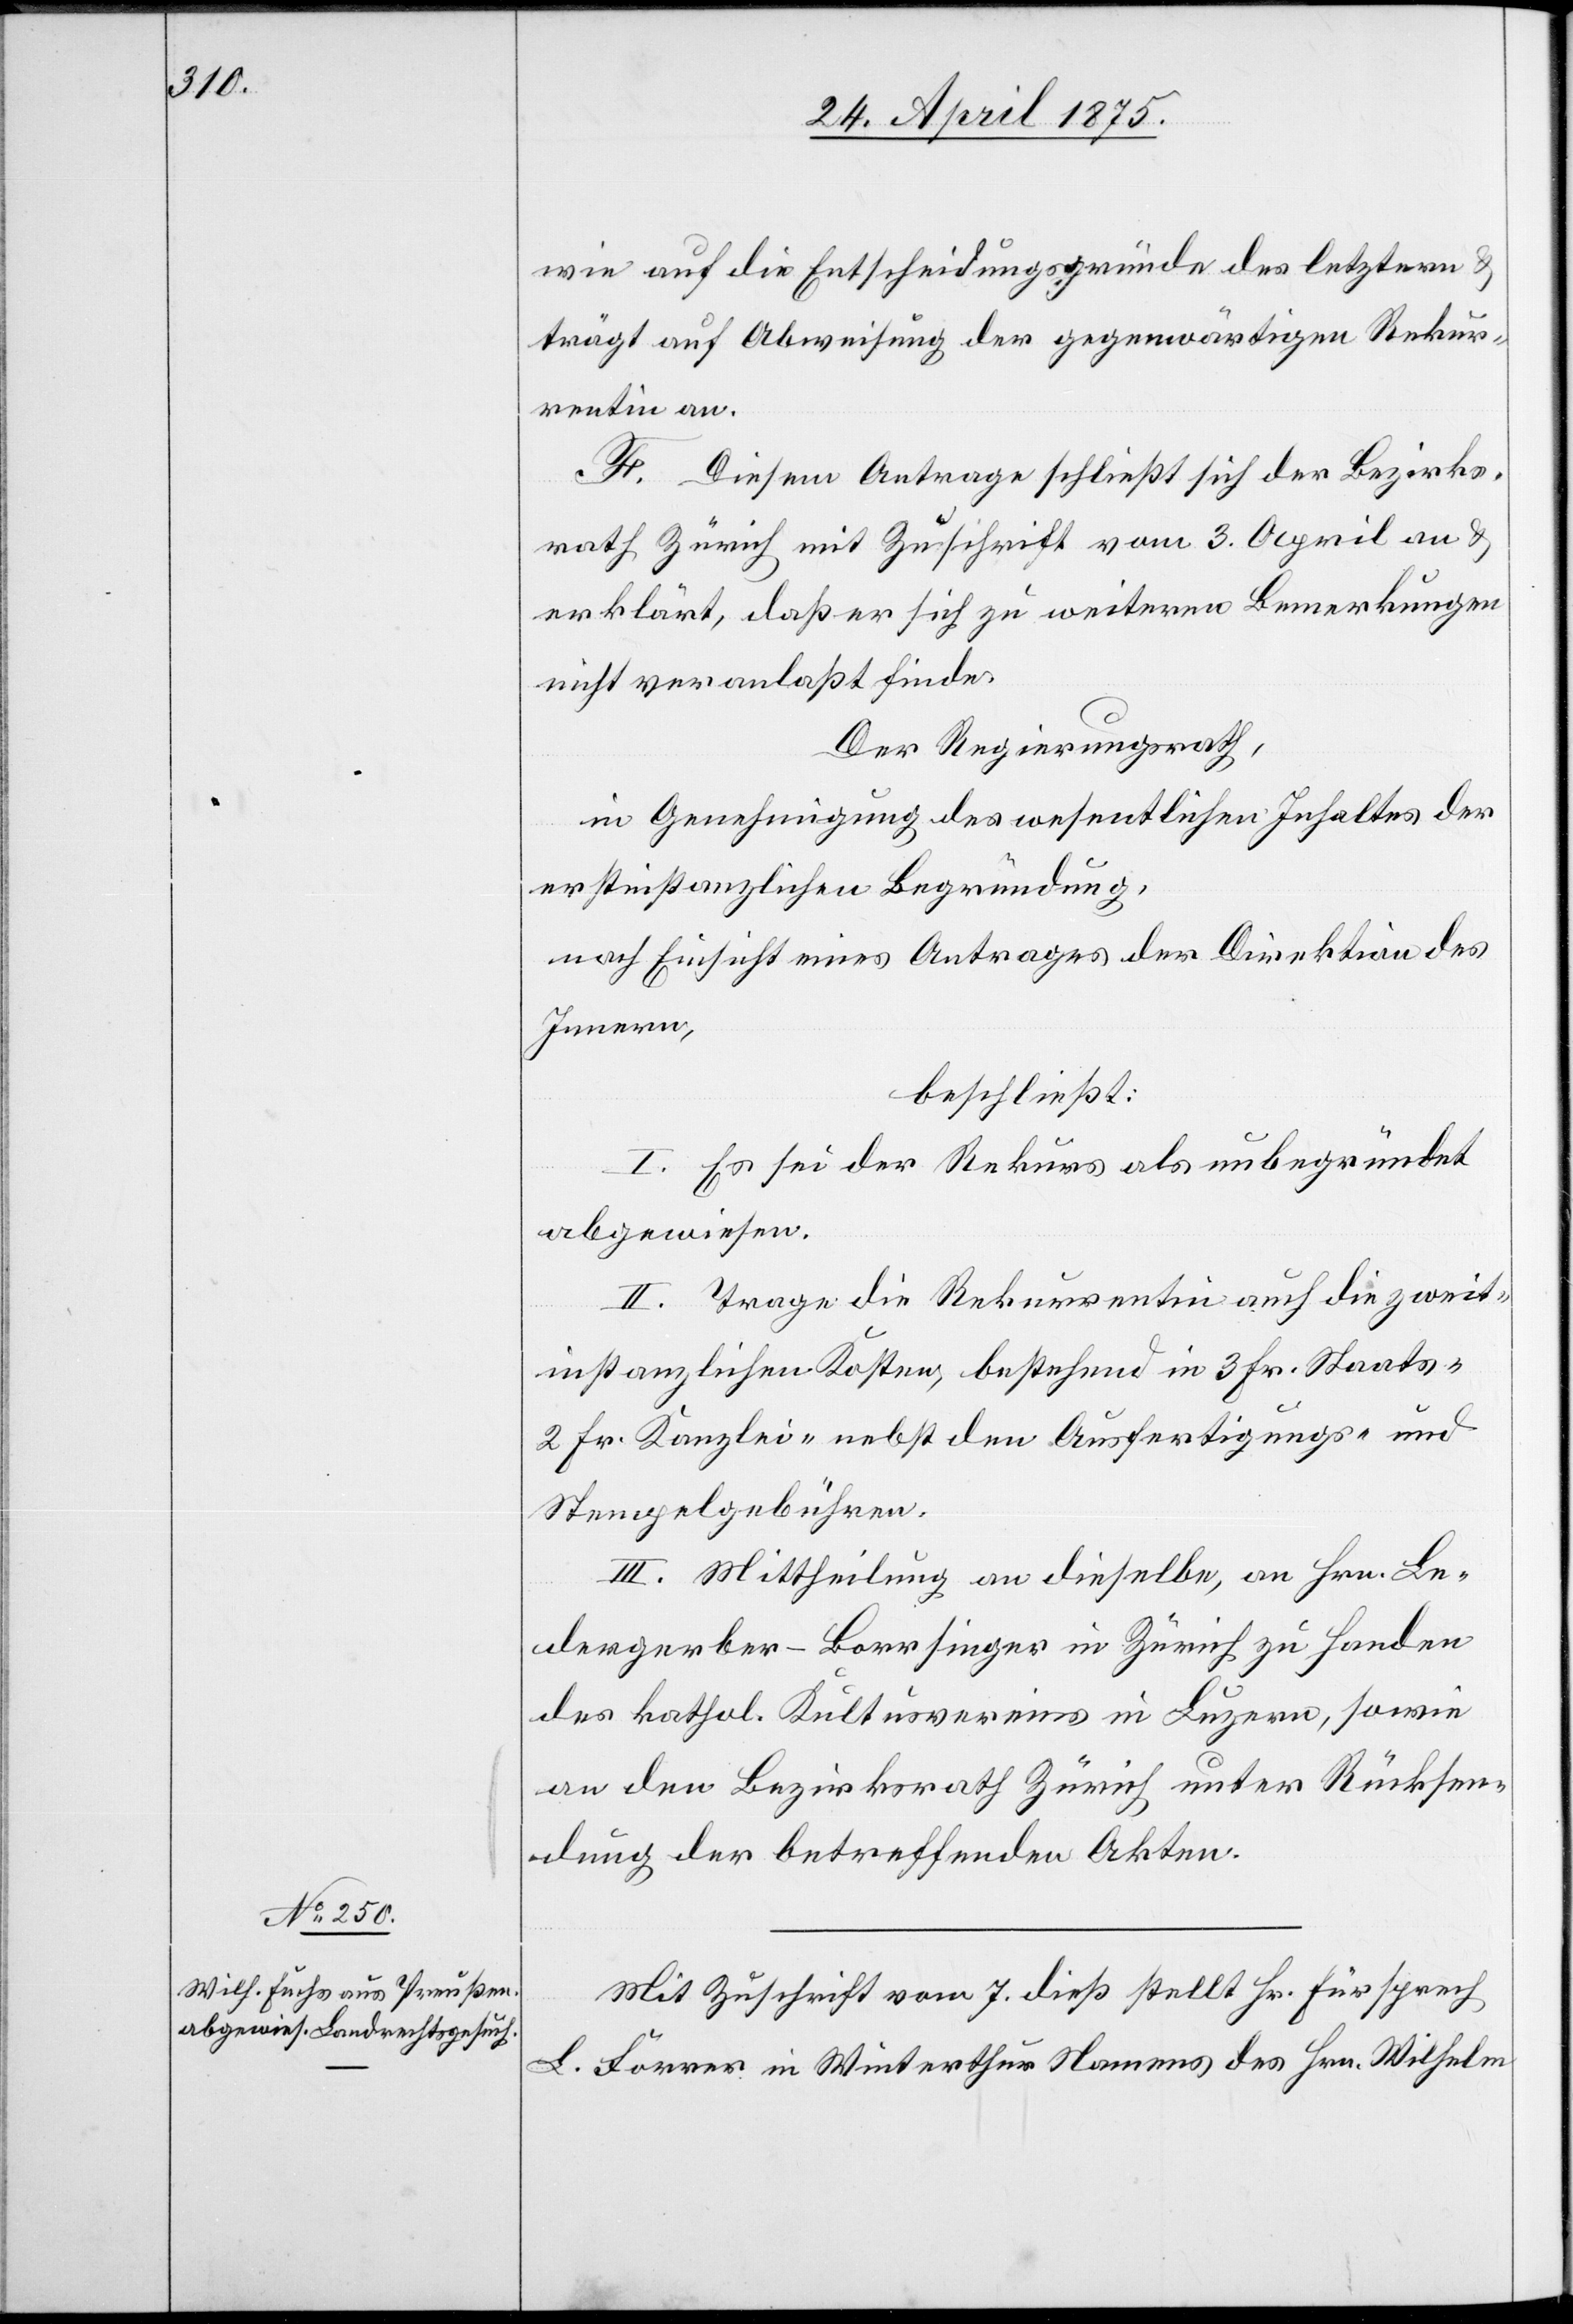
wie auf die Entscheidungsgründe des letztern &
trägt auf Abweisung der gegenwärtigen Rekur¬
rentin an.
F. Diesem Antrage schließt sich der Bezirks¬
rath Zürich mit Zuschrift vom 3. April an &
erklärt, daß er sich zu weiteren Bemerkungen
nicht veranlaßt finde.
Der Regierungsrath,
in Genehmigung des wesentlichen Inhaltes der
erstinstanzlichen Begründung,
nach Einsicht eines Antrages der Direktion des
Innern,
beschließt:
I. Es sei der Rekurs als unbegründet
abgewiesen.
II. Trage die Rekurrentin auch die zweit¬
instanzlichen Kosten, bestehend in 3 Fr. Staats-
2 Fr. Kanzlei. nebst den Ausfertigungs- und
Stempelgebühren.
III. Mittheilung an dieselbe, an Hrn. Le¬
dergerber-Borrsinger in Zürich zu Handen
des kathol. Kultusvereins in Luzern, sowie
an den Bezirksrath Zürich unter Rücksen¬
dung der betreffenden Akten.
Mit Zuschrift vom 7. dieß stellt Hr. Fürsprech
L. Forrer in Winterthur Namens des Hrn. Wilhelm